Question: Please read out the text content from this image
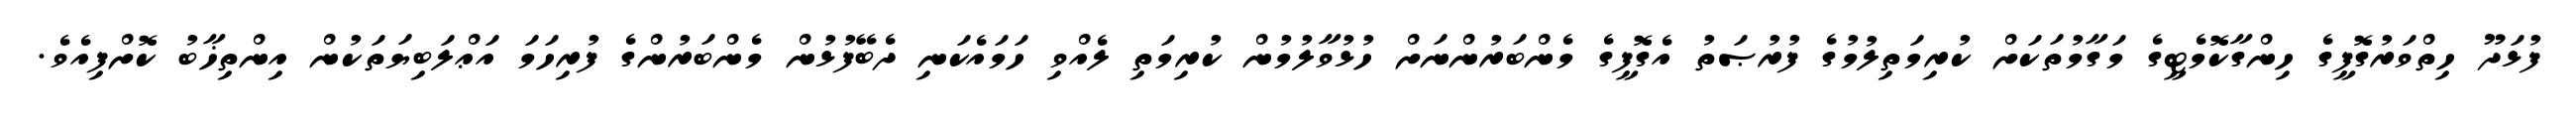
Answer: ފުޅަދޫ ހިތްވަރުގޮފީގެ ހިންގާކޮމެޓީގެ މަގާމުތަކަށް ކުރިމަތިލުމުގެ ފުރުޞަތު އެގޮފީގެ މެންބަރުންނަށް ހުޅުވާލުމުން ކުރިމަތި ލެއްވި ހަމައެކަނި ދެބޭފުޅުން މެންބަރުންގެ ފުރިހަމަ އަޢްލަބިޔަތަކުން އިންތިޚާބު ކޮށްފިއެވެ.